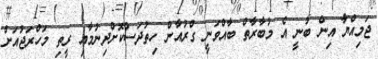
ޖަމިއްޔާ އިން ބުނީ އެ މުބާރާތް ބާއްވަނީ ގްރުއާން ހިތުދަސްކޮށްދިނުމާއި ރީތި މަހްރަޖުއަށް